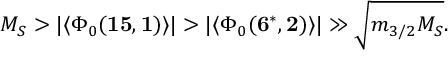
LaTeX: M _ { S } > | \langle \Phi _ { 0 } ( { \bf 1 5 , 1 } ) \rangle | > | \langle \Phi _ { 0 } ( { \bf 6 ^ { * } , 2 } ) \rangle | \gg \sqrt { m _ { 3 / 2 } M _ { S } } .